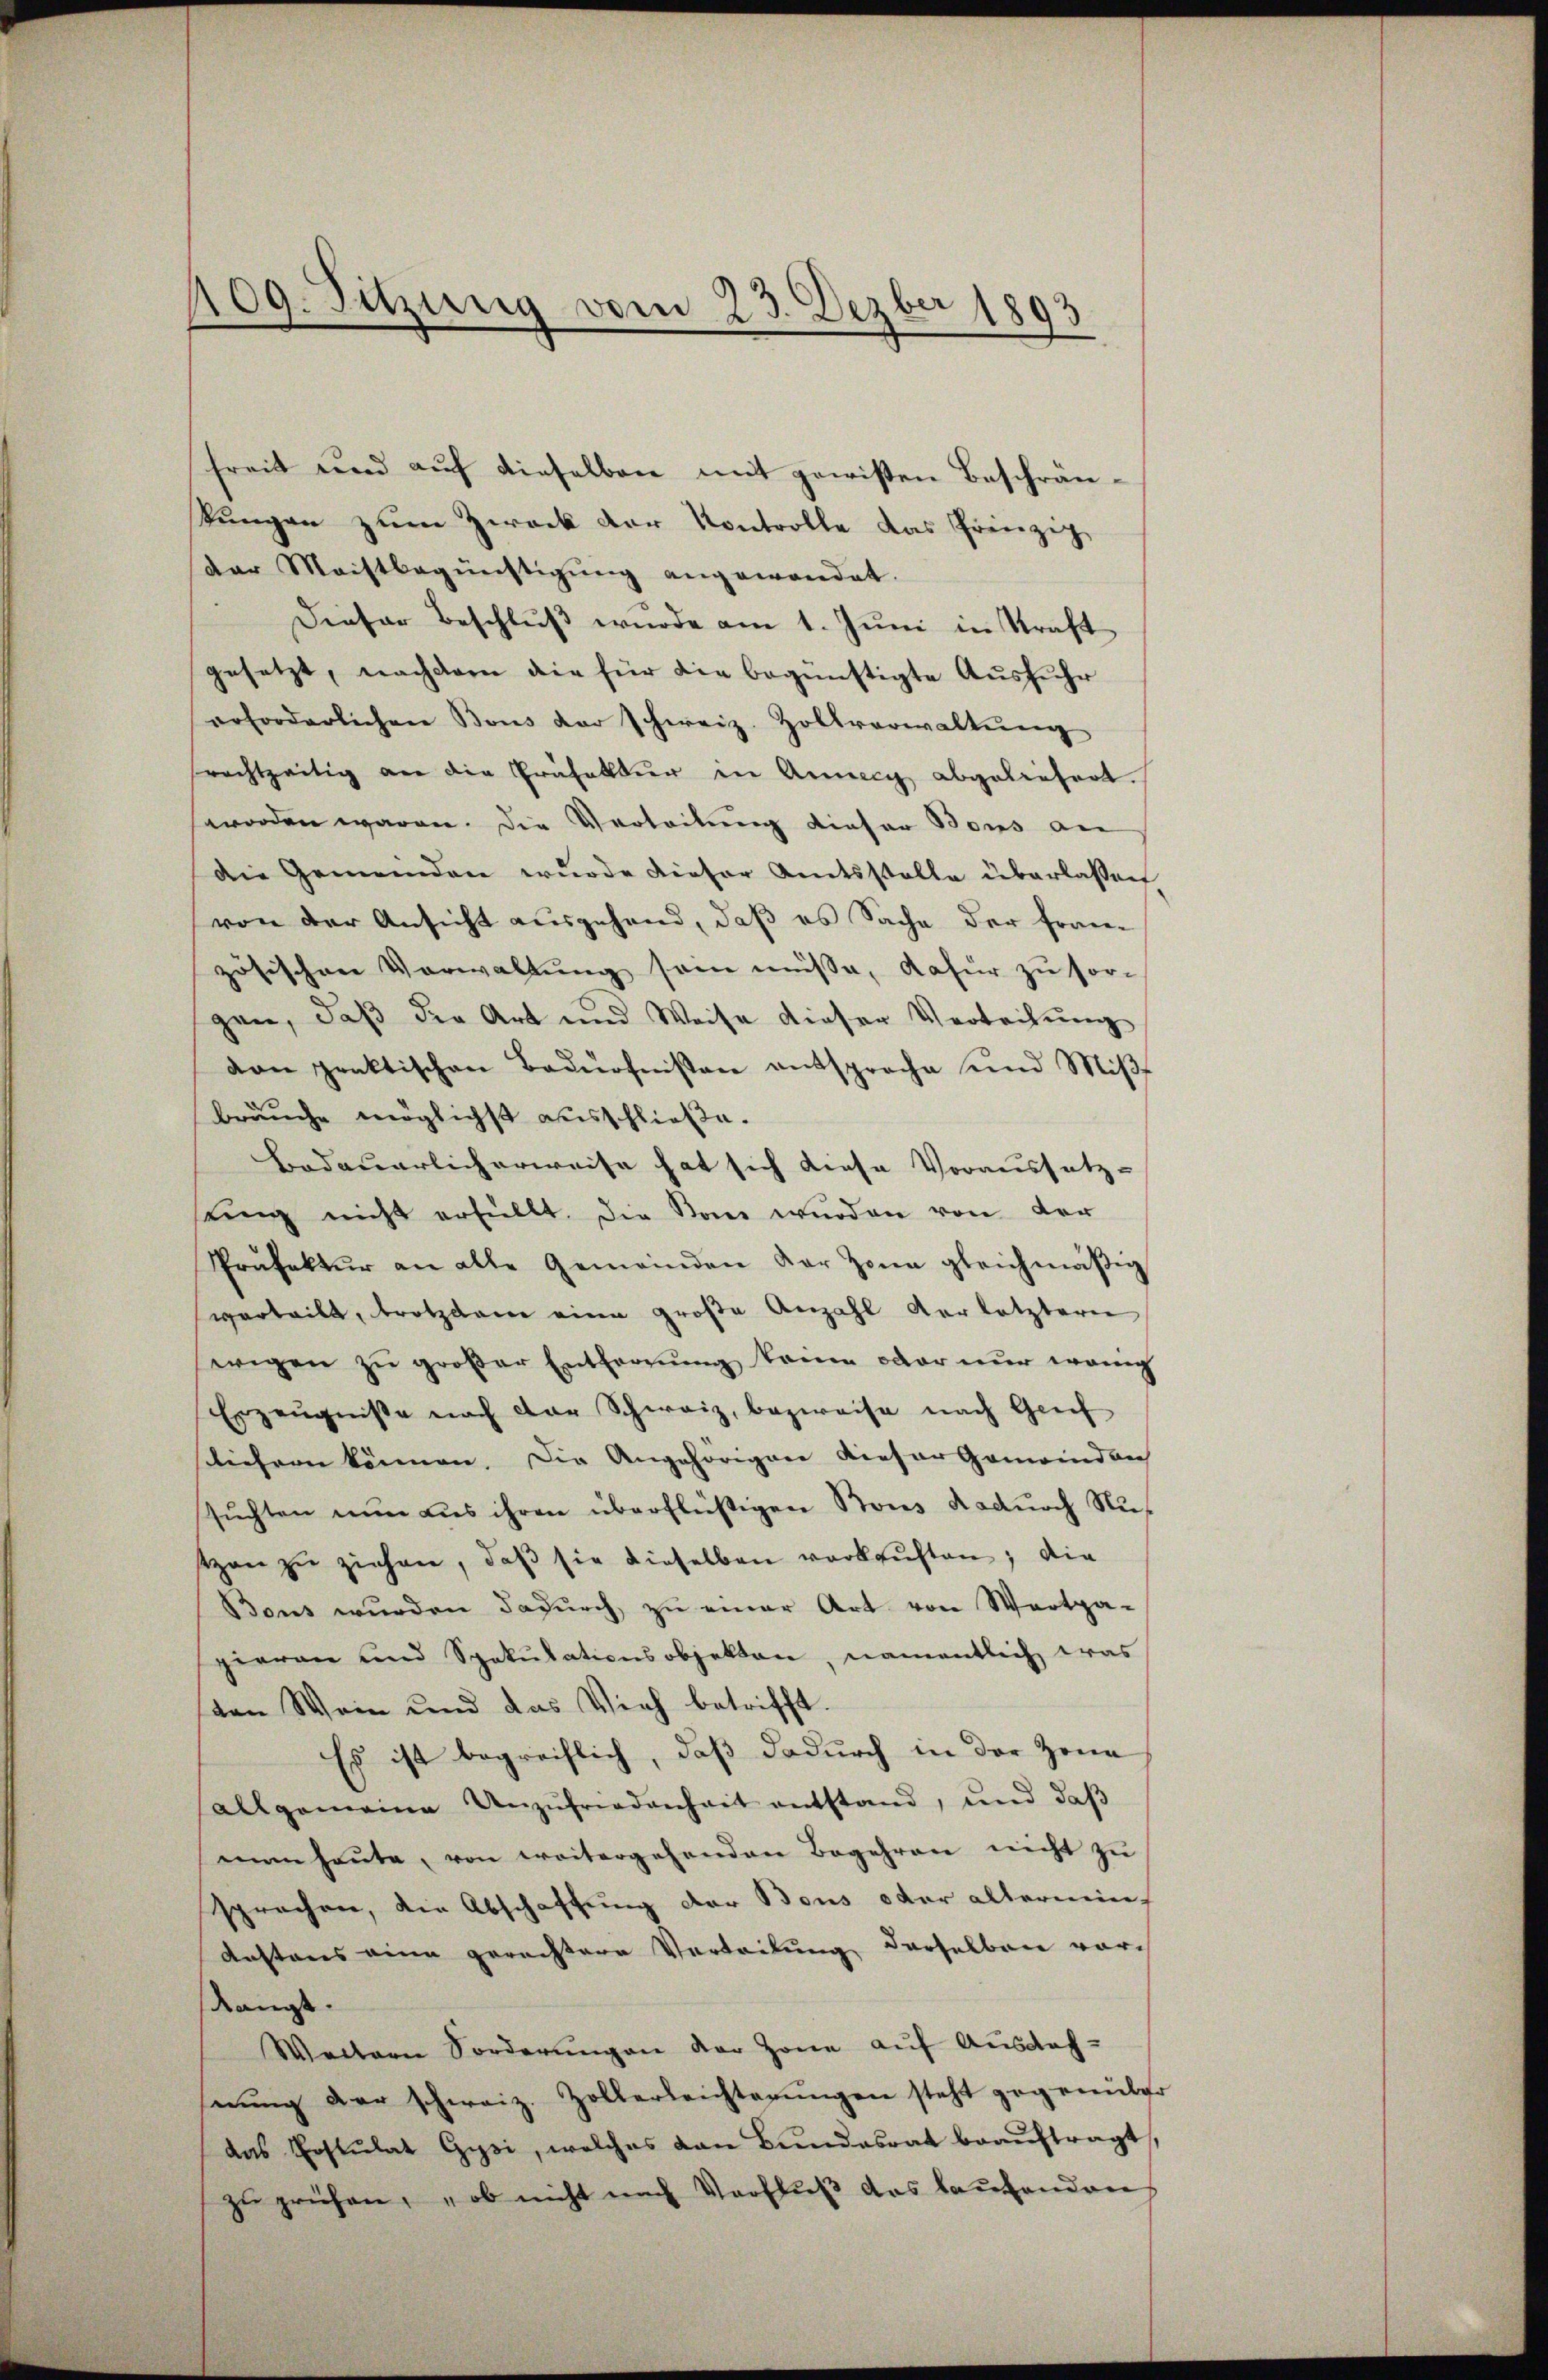
freit und auf dieselben mit gewissen Beschränkungen zum Zweck der Kontrolle das Prinzip,
der Meistbegünstigung angewandet.
Dieser Beschlŭβ wurde am 1. Jŭni in Kraft
gesetzt, nachdem die für die begünstigte Ausführ
erforderlichen Bons der schweiz. Zollverwaltŭng
rachtzeitig an die Präfektur in Annecy abgeliefert.
worden waren. Die Vertretung dieser Bons an
Die Gemeinden wŭrde dieser Amtsstelle überlassen
von der Ansicht ausgehend, daß es Sache der Fran-
zösischen Verwaltung sein müsse, dafür zu sorgen, daß die Art und Weise dieser Verleitung
von praktischen Bedürfnissen entsprache und Miβ
bräuche möglichst ausschließe.
Bedauerlicherweise hat sich diese Voraussetz-
ung nicht erfüllt. Die San wurden von der
Prüfektŭr an alle Gemeinden der Zone gleichmäßig
verteilt, trotzdem eine große Anzahl verletztern,
wegen zŭ großer Entfernŭng keine oder nur wenig
Erzeugniße nach der Schweiz, bezweise nach Grief
liehern können. Die Angehörigen dieser Gemeinden
suchten nun aus ihren überflüßigen Stons dadurch Nutzen zŭ ziehen, daβ sie dieselben verkaŭften; die
Bous wurden dadurch zu einer Art von Wertpa-
pieren und Spekulationsobjekten, namentlich was
sten Wein und das Vieh betrifft
Es ist begreiflich, daß dadurch in der Zena
allgemeine Unzŭfriedenheit entstand, und daβ
man heŭte von weitergehenden Begehren nicht zu
sprachen, die Abschaffung der Bous oder altermin¬
Kastens eine gerechtere Vertretung derselben vor¬
Rangt.
Weitern Forderungen der Zone auf Ausdaf-
nŭng der schweiz. Zollerleichterŭngen steht gegenüber
das Erstulat Gysi, welches dan Bundesrat beauftragt,
zŭ prüfen, „ob nicht nach Verflŭβ das laŭfenden

109. Sitzung vom 23. Dezber 1893